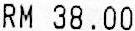
RM 38.00